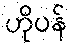
ဟိုပန်